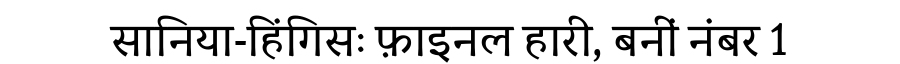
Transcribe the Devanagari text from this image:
सानिया-हिंगिसः फ़ाइनल हारी, बनीं नंबर 1